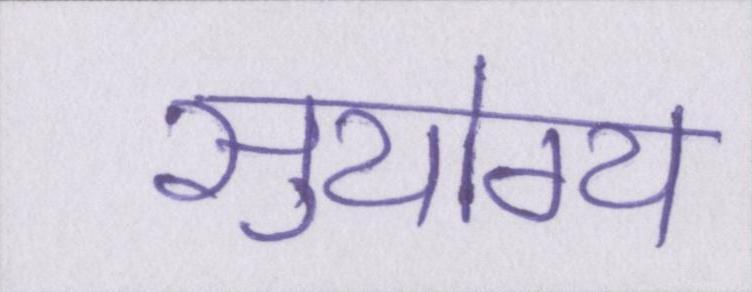
सुयोग्य